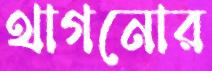
থাগনোর